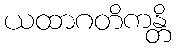
ယထာဂတိကန္တိ